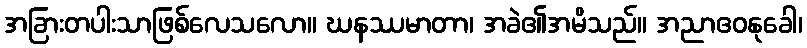
အခြားတပါးသာဖြစ်လေသလော။ ဃနဿမာတာ၊ အခဲ၏အမိသည်။ အညာဧဝနုခေါ၊